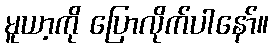
မူယာ့ကို ပြောလိုက်ပါနော်။